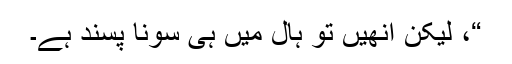
“، لیکن انھیں تو ہال میں ہی سونا پسند ہے۔